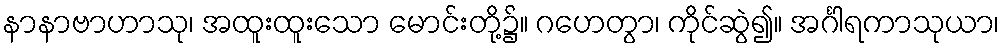
နာနာဗာဟာသု၊ အထူးထူးသော မောင်းတို့၌။ ဂဟေတွာ၊ ကိုင်ဆွဲ၍။ အင်္ဂါရကာသုယာ၊